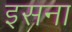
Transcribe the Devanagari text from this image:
इसना